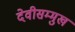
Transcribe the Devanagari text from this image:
देवीसम्मुख